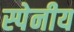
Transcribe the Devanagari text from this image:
स्पेनीय